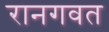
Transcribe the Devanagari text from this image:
रानगवत